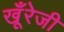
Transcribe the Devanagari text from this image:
खूँरेजी